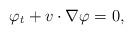
LaTeX: \begin{align*}{\varphi}_t+v\cdot \nabla {\varphi}=0,\end{align*}